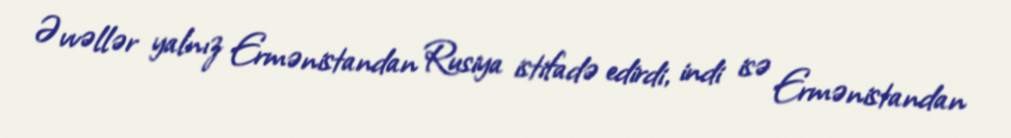
Əvvəllər yalnız Ermənistandan Rusiya istifadə edirdi, indi isə Ermənistandan